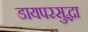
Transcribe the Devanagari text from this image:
डायपरसुद्धा